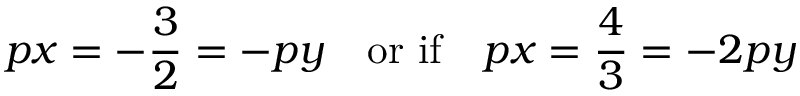
p x = - \frac { 3 } { 2 } = - p y \quad \mathrm { o r \ i f } \quad p x = \frac { 4 } { 3 } = - 2 p y